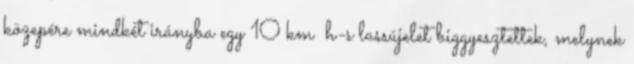
közepére mindkét irányba egy 10 km h-s lassújelet biggyesztettek, melynek